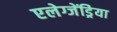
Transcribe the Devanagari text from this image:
एलेग्जेंड्रेिया